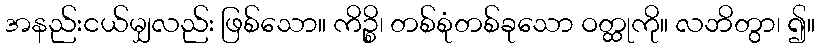
အနည်းငယ်မျှလည်း ဖြစ်သော။ ကိဉ္စိ၊ တစ်စုံတစ်ခုသော ဝတ္ထုကို။ လဘိတွာ၊ ၍။